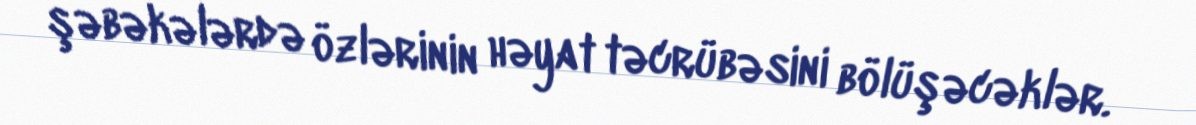
şəbəkələrdə özlərinin həyat təcrübəsini bölüşəcəklər.